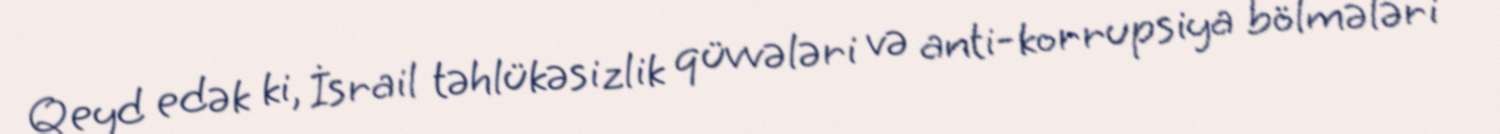
Qeyd edək ki, İsrail təhlükəsizlik qüvvələri və anti-korrupsiya bölmələri